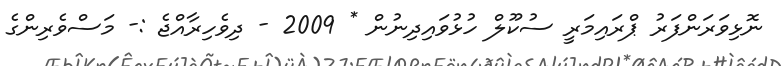
ނޮޅިވަރަންފަރު ޕްރައިމަރީ ސުކޫލް ހުޅުވައިދިނުން * 2009 - ދިވެހިރާއްޖެ :- މަސްވެރިންގެ